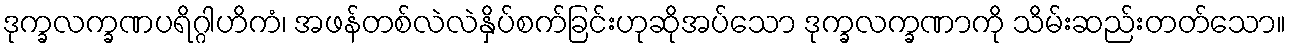
ဒုက္ခလက္ခဏပရိဂ္ဂါဟိကံ၊ အဖန်တစ်လဲလဲနှိပ်စက်ခြင်းဟုဆိုအပ်သော ဒုက္ခလက္ခဏာကို သိမ်းဆည်းတတ်သော။